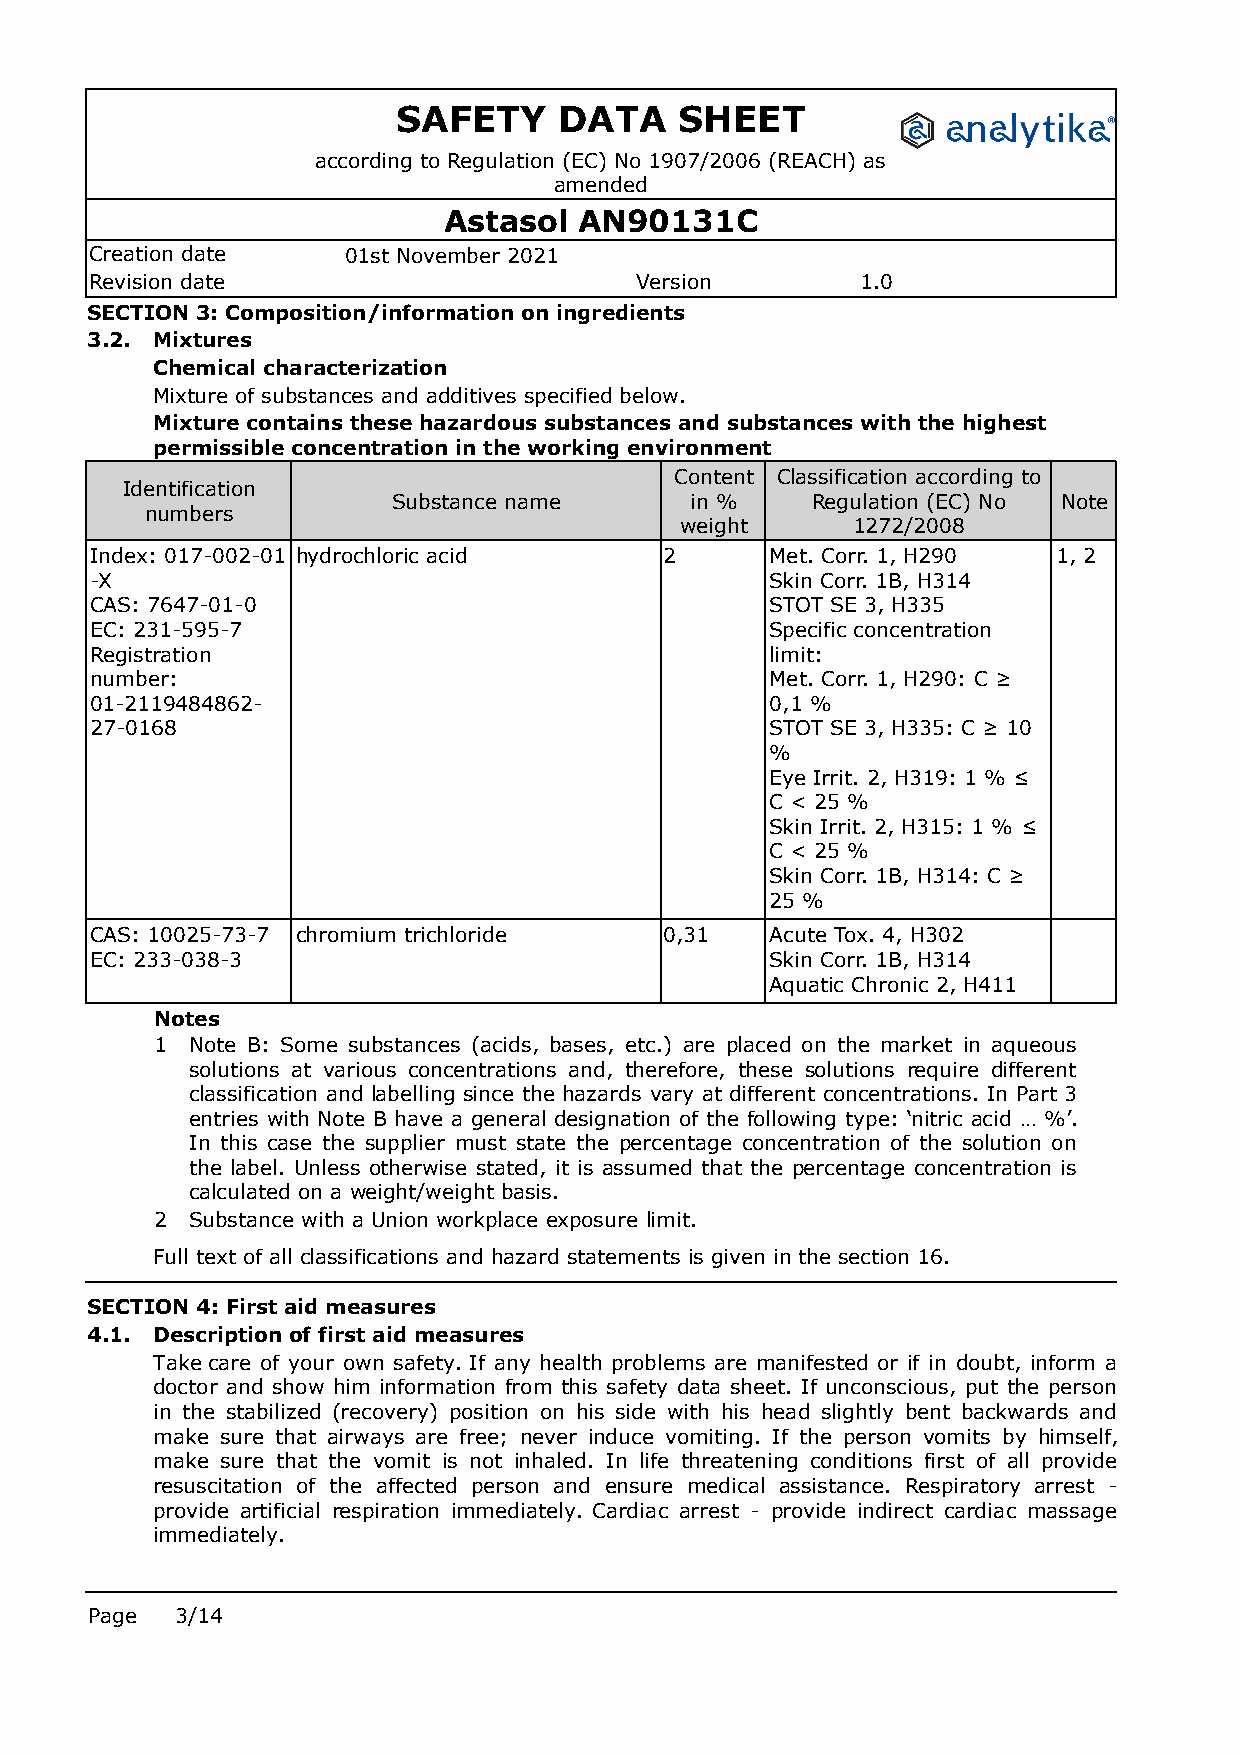
SAFETY     DATA    SHEET
 according to Regulation (EC) No 1907/2006 (REACH) as
 amended
 Astasol  AN90131C
 Creation date    01st November 2021
 Revision date                       Version        1.0
 SECTION 3: Composition/information on ingredients
 3.2. Mixtures
 Chemical characterization
 Mixture of substances and additives specified below.
 Mixture contains these hazardous substances and substances with the highest
 permissible concentration in the working environment
 Content Classification according to
 Identification
 Substance name      in %    Regulation (EC) No Note
 numbers
 weight     1272/2008
 Index: 017-002-01 hydrochloric acid   2      Met. Corr. 1, H290 1, 2
 -X                                           Skin Corr. 1B, H314
 CAS: 7647-01-0                               STOT SE 3, H335
 EC: 231-595-7                                Specific concentration
 Registration                                 limit:
 number:                                      Met. Corr. 1, H290: C ≥
 01-2119484862-                               0,1 %
 27-0168                                      STOT SE 3, H335: C ≥ 10
 %
 Eye Irrit. 2, H319: 1 % ≤
 C < 25 %
 Skin Irrit. 2, H315: 1 % ≤
 C < 25 %
 Skin Corr. 1B, H314: C ≥
 25 %
 CAS: 10025-73-7 chromium trichloride  0,31   Acute Tox. 4, H302
 EC: 233-038-3                                Skin Corr. 1B, H314
 Aquatic Chronic 2, H411
 Notes
 1  Note B: Some substances (acids, bases, etc.) are placed on the market in aqueous
 solutions at various concentrations and, therefore, these solutions require different
 classification and labelling since the hazards vary at different concentrations. In Part 3
 entries with Note B have a general designation of the following type: ‘nitric acid … %’.
 In this case the supplier must state the percentage concentration of the solution on
 the label. Unless otherwise stated, it is assumed that the percentage concentration is
 calculated on a weight/weight basis.
 2  Substance with a Union workplace exposure limit.
 Full text of all classifications and hazard statements is given in the section 16.
 SECTION 4: First aid measures
 4.1. Description of first aid measures
 Takecare of your own safety. If any health problems are manifested or if in doubt, inform a
 doctor and show him information from this safety data sheet. If unconscious, put the person
 in the stabilized (recovery) position on his side with his head slightly bent backwards and
 make sure that airways are free; never induce vomiting. If the person vomits by himself,
 make sure that the vomit is not inhaled. In life threatening conditions first of all provide
 resuscitation of the affected person and ensure medical assistance. Respiratory arrest -
 provide artificial respiration immediately. Cardiac arrest - provide indirect cardiac massage
 immediately.
 Page  3/14